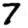
Digit: 7